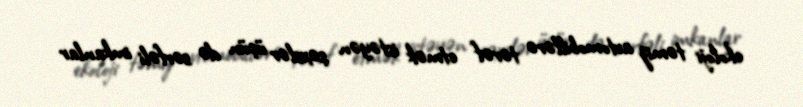
ekoloji təmiz avtomobillərə tərəf etmək istəyən şəxslər üçün də sərfəli imkanlar